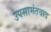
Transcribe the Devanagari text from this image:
उपसामंतवाद